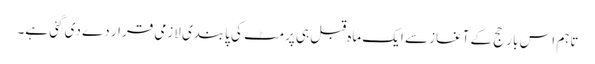
تاہم اس بار حج کے آغاز سے ایک ماہ قبل ہی پرمٹ کی پابندی لازمی قرار دے دی گئی ہے۔